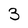
Character: 3